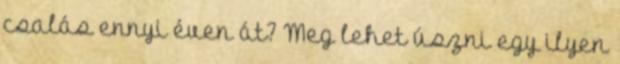
csalás ennyi éven át? Meg lehet úszni egy ilyen